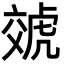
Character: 虠